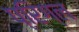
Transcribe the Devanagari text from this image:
प्रिग्ल